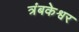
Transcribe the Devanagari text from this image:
त्रंबकेश्वर